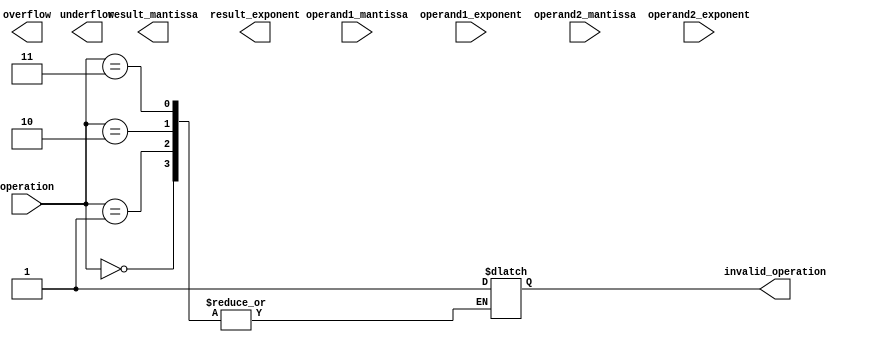
module ArithmeticUnit (
    input [15:0] operand1_mantissa,
    input [3:0] operand1_exponent,
    input [15:0] operand2_mantissa,
    input [3:0] operand2_exponent,
    input [2:0] operation,
    output reg [15:0] result_mantissa,
    output reg [3:0] result_exponent,
    output reg overflow,
    output reg underflow,
    output reg invalid_operation
);

// Constants
parameter MANTISSA_WIDTH = 16;
parameter EXPONENT_WIDTH = 4;

// Internal signals
reg [MANTISSA_WIDTH-1:0] temp_mantissa;
reg [EXPONENT_WIDTH-1:0] temp_exponent;

always @ (operation or operand1_mantissa or operand1_exponent or operand2_mantissa or operand2_exponent) begin
    case(operation)
        3'b000: begin // Addition
            // Perform addition operation
            // Update result_mantissa and result_exponent
        end
        3'b001: begin // Subtraction
            // Perform subtraction operation
            // Update result_mantissa and result_exponent
        end
        3'b010: begin // Multiplication
            // Perform multiplication operation
            // Update result_mantissa and result_exponent
        end
        3'b011: begin // Division
            // Perform division operation
            // Update result_mantissa and result_exponent
        end
        default: invalid_operation <= 1;
    endcase
end

endmodule